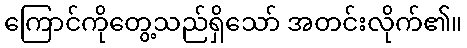
ကြောင်ကိုတွေ့သည်ရှိသော် အတင်းလိုက်၏။